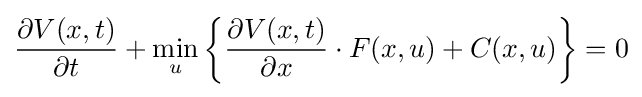
{\frac {\partial V(x,t)}{\partial t}}+\min _{u}\left\{{\frac {\partial V(x,t)}{\partial x}}\cdot F(x,u)+C(x,u)\right\}=0